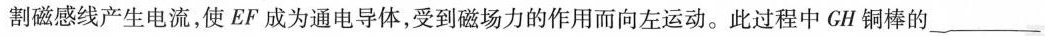
割磁感线产生电流，使 EF 成为通电导体，受到磁场力的作用而向左运动。此过程中GH铜棒的 ___